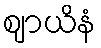
ဈာယိနံ